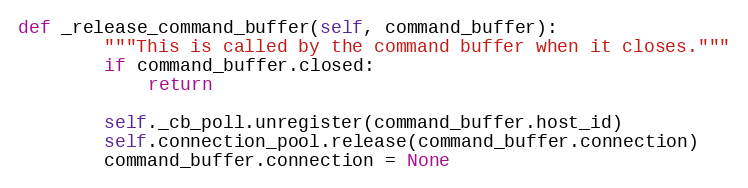
Language: Python
def _release_command_buffer(self, command_buffer):
        """This is called by the command buffer when it closes."""
        if command_buffer.closed:
            return

        self._cb_poll.unregister(command_buffer.host_id)
        self.connection_pool.release(command_buffer.connection)
        command_buffer.connection = None